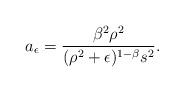
LaTeX: \begin{align*}a_{\epsilon}=\frac{\beta^2\rho^2}{(\rho^2+\epsilon)^{1-\beta}s^2}.\end{align*}